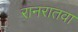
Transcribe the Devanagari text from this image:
रानरातवा